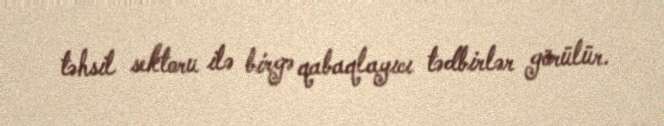
təhsil sektoru ilə birgə qabaqlayıcı tədbirlər görülür.